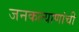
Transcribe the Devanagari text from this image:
जनकल्याणांची